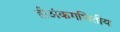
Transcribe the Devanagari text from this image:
हीअंकगणितीय